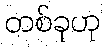
တစ်ခုဟု